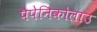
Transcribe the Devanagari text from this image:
पैपेनिकोलाउ